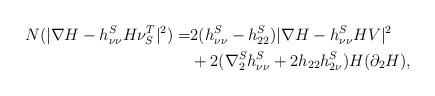
LaTeX: \begin{align*}N (|\nabla H-h^S_{\nu\nu}H\nu^T_S|^2)= & 2(h^S_{\nu \nu} -h^S_{22}) |\nabla H-h^S_{\nu\nu}HV|^2 \\& + 2(\nabla^S_2 h^S_{\nu \nu} +2 h_{22} h^S_{2 \nu}) H (\partial_2 H), \end{align*}